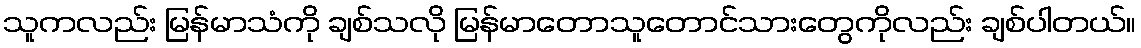
သူကလည်း မြန်မာသံကို ချစ်သလို မြန်မာတောသူတောင်သားတွေကိုလည်း ချစ်ပါတယ်။